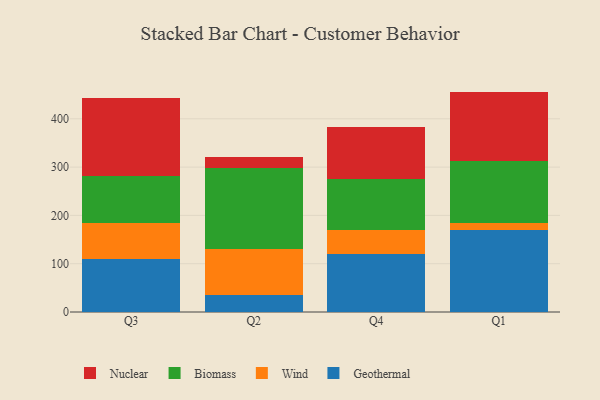
{"axis": {"x": "Quarter", "y": "Churn Rate (%)"}, "legend": ["Biomass", "Geothermal", "Nuclear", "Wind"], "data": [{"x": "Q3", "y": 108.8, "type": "Geothermal"}, {"x": "Q3", "y": 75.7, "type": "Wind"}, {"x": "Q3", "y": 97.1, "type": "Biomass"}, {"x": "Q3", "y": 162.2, "type": "Nuclear"}, {"x": "Q2", "y": 35.3, "type": "Geothermal"}, {"x": "Q2", "y": 95.6, "type": "Wind"}, {"x": "Q2", "y": 166.9, "type": "Biomass"}, {"x": "Q2", "y": 23.7, "type": "Nuclear"}, {"x": "Q4", "y": 121.0, "type": "Geothermal"}, {"x": "Q4", "y": 48.2, "type": "Wind"}, {"x": "Q4", "y": 107.1, "type": "Biomass"}, {"x": "Q4", "y": 105.8, "type": "Nuclear"}, {"x": "Q1", "y": 169.7, "type": "Geothermal"}, {"x": "Q1", "y": 14.7, "type": "Wind"}, {"x": "Q1", "y": 127.6, "type": "Biomass"}, {"x": "Q1", "y": 144.3, "type": "Nuclear"}]}